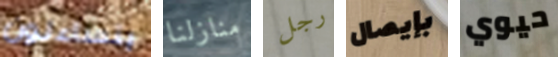
يتساءلون منازلنا رجل بإيصال حيوي